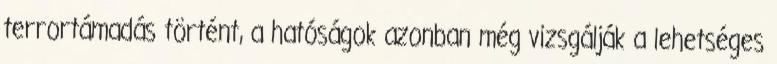
terrortámadás történt, a hatóságok azonban még vizsgálják a lehetséges